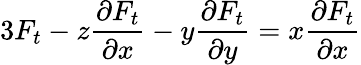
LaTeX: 3F_{t}-z{\frac{\partial F_{t}}{\partial x}}-y{\frac{\partial F_{t}}{\partial y}}=x{\frac{\partial F_{t}}{\partial x}}